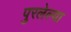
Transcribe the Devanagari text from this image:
पुरलेल्या